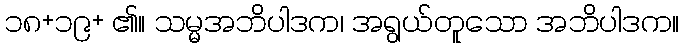
၁၈+၁၉+ ၏။ သမ္မအဘိပါဒက၊ အရွယ်တူသော အဘိပါဒက။